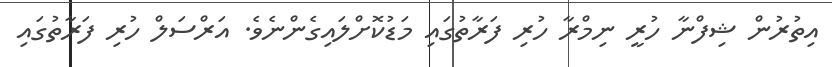
އިތުރުން ޝިފްނާ ހުރީ ނިމްރާ ހުރި ފަރާތުގައި މަޑުކޮށްލައިގެންނެވެ. އަރްސަލް ހުރި ފަރާތުގައި